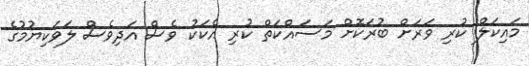
މައިކަލް ކުރި ވަރަށް ބުރަކޮށް މަސައްކަތް ކުރި އެކަކު ވެސް އަދިވެސް ލަވަކިޔުމުގެ